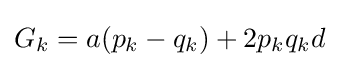
{\textstyle G_{k}=a(p_{k}-q_{k})+2p_{k}q_{k}d}